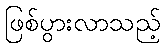
ဖြစ်ပွားလာသည့်